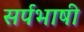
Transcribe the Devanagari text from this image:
सर्पभाषी